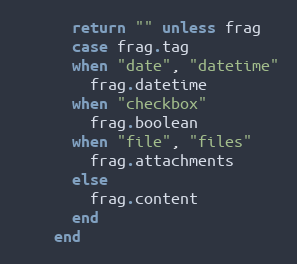
Language: Ruby
      return "" unless frag
      case frag.tag
      when "date", "datetime"
        frag.datetime
      when "checkbox"
        frag.boolean
      when "file", "files"
        frag.attachments
      else
        frag.content
      end
    end